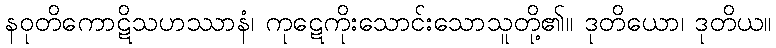
နဝုတိကောဋိသဟဿာနံ၊ ကုဋေကိုးသောင်းသောသူတို့၏။ ဒုတိယော၊ ဒုတိယ။